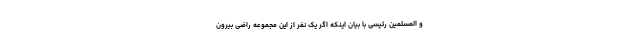
و المسلمین رئیسی با بیان اینکه اگر یک نفر از این مجموعه راضی بیرون